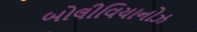
બોલીવિયાનોઝ